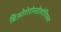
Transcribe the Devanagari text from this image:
बिओगेरोन्तोलोगिस्त्स